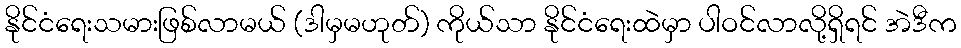
နိုင်ငံရေးသမားဖြစ်လာမယ် (ဒါမှမဟုတ်) ကိုယ်သာ နိုင်ငံရေးထဲမှာ ပါဝင်လာလို့ရှိရင် အဲဒီက